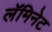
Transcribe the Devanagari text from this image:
लॅमिनेट